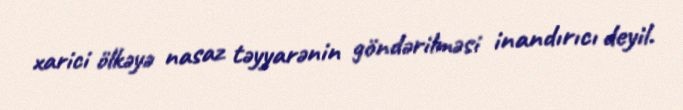
xarici ölkəyə nasaz təyyarənin göndərilməsi inandırıcı deyil.